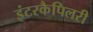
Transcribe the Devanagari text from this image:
इंटरकैपिलरी